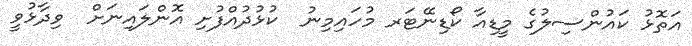
އަތޮޅު ކައުންސިލުގެ މީޑިއާ ކޯޑިނޭޓަރ މުހައިމިނު  ކުޅުދުއްފުށި އޮންލައިނަށް  ވިދާޅުވީ